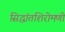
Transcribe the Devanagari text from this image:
सिद्धांतशिरोमणी